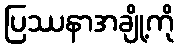
ပြဿနာအချို့ကို